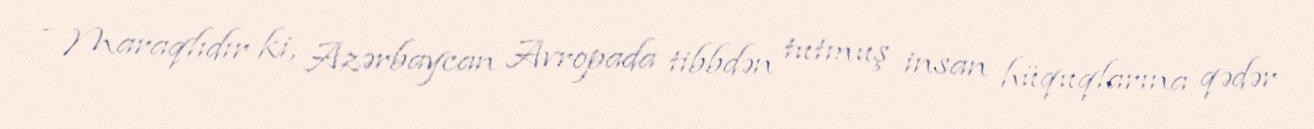
- Maraqlıdır ki, Azərbaycan Avropada tibbdən tutmuş insan hüquqlarına qədər